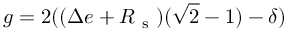
g = 2 ( ( \Delta e + R _ { \mathrm { ~ s ~ } } ) ( \sqrt { 2 } - 1 ) - \delta )